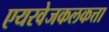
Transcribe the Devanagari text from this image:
एयरवेजकलकत्ता